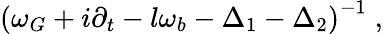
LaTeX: \left(\omega_{G}+i\partial_{t}-l\omega_{b}-\Delta_{1}-\Delta_{2}\right)^{-1}\; ,